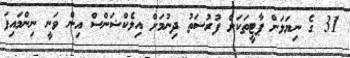
31 ގެ ނިޔަލަށް ޕާޓީތަކަށް ފުރުސަތު ދިނުމަށް އިލެކްޝަންސް އިން ވަނީ ނިންމައިފަ